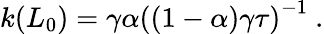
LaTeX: k(L_{0})=\gamma\alpha\left((1-\alpha)\gamma\tau\right)^{-1}\ .